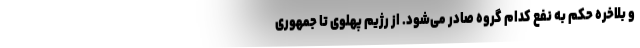
و بلاخره حکم به نفع کدام گروه صادر می‌شود. از رژیم پهلوی تا جمهوری